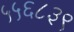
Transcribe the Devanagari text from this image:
५५६८३९